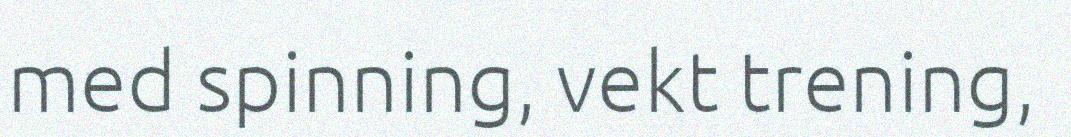
med spinning, vekt trening,